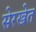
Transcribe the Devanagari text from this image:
सेरखेत